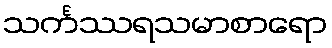
သင်္ကဿရသမာစာရော